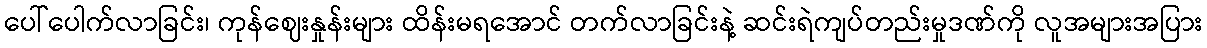
ပေါ်ပေါက်လာခြင်း၊ ကုန်ဈေးနှုန်းများ ထိန်းမရအောင် တက်လာခြင်းနဲ့ ဆင်းရဲကျပ်တည်းမှုဒဏ်ကို လူအများအပြား